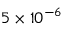
5 \times 1 0 ^ { - 6 }